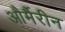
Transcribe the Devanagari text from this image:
और्मैरीन